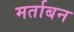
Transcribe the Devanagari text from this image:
मर्ताबन